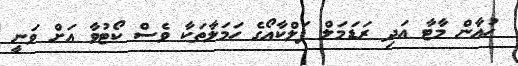
ހުއާން މާޓާ އަދި ރަޑަމަލް ފަލްކާއޯގެ ހަމަލާތަކާ ވެސް ކޯޓުވާ އަށް ވަނީ